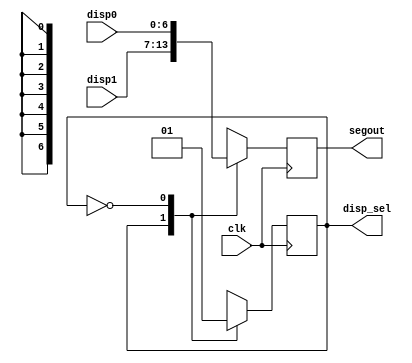
`timescale 1ns / 1ps
`default_nettype none

module seven_seg_mux(
	input clk,
	input [6:0] disp0, disp1,
	output reg [6:0] segout,
	output disp_sel
);

	reg current;

	assign disp_sel=current;

always @(posedge clk)
	case (current)
		1:begin
			segout<=disp1;
			current <= 0;
			end
		0:begin
			segout<=disp0;
			current <= 1;
			end
	endcase
endmodule